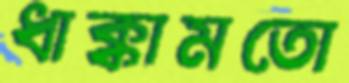
ধাক্কামতো